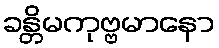
ခန္တိမကုဗ္ဗမာနော